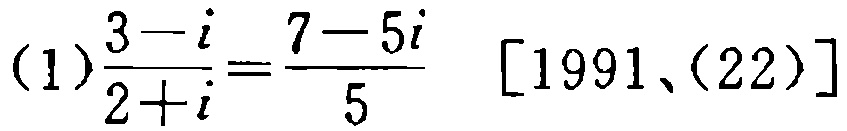
(1)$\frac{3 - i}{2 + i}=\frac{7 - 5i}{5}$ [1991、(22)]